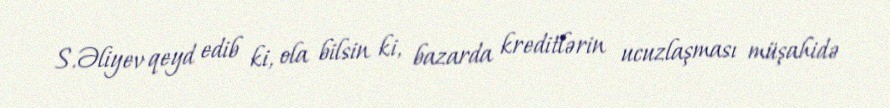
S.Əliyev qeyd edib ki, ola bilsin ki, bazarda kreditlərin ucuzlaşması müşahidə